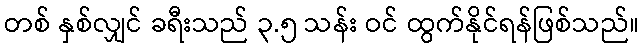
တစ် နှစ်လျှင် ခရီးသည် ၃.၅ သန်း ဝင် ထွက်နိုင်ရန်ဖြစ်သည်။